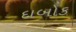
દાબોક